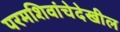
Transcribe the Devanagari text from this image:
परमशिवांचेदेखील